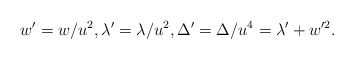
\begin{align*} w'=w/u^2,\lambda'=\lambda/u^2,\Delta'=\Delta/u^4=\lambda'+w'^2.\end{align*}